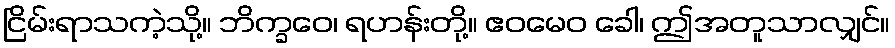
ငြိမ်းရာသကဲ့သို့။ ဘိက္ခဝေ၊ ရဟန်းတို့။ ဧဝမေဝ ခေါ၊ ဤအတူသာလျှင်။